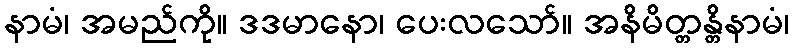
နာမံ၊ အမည်ကို။ ဒဒမာနော၊ ပေးလသော်။ အနိမိတ္တန္တိနာမံ၊